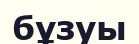
бұзуы